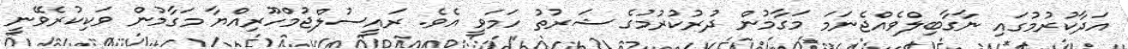
އަދާކުރުމުގައި ނާގާބިލްވެއްޖެނަމަ މަގާމުން ދުރުކުރުމުގެ ޝަރުތު ހަމަވީ އެވެ. ރައީސުލްޖުމްހޫރިއްޔާ މަގާމުން ވަކިކުރެވޭނީ